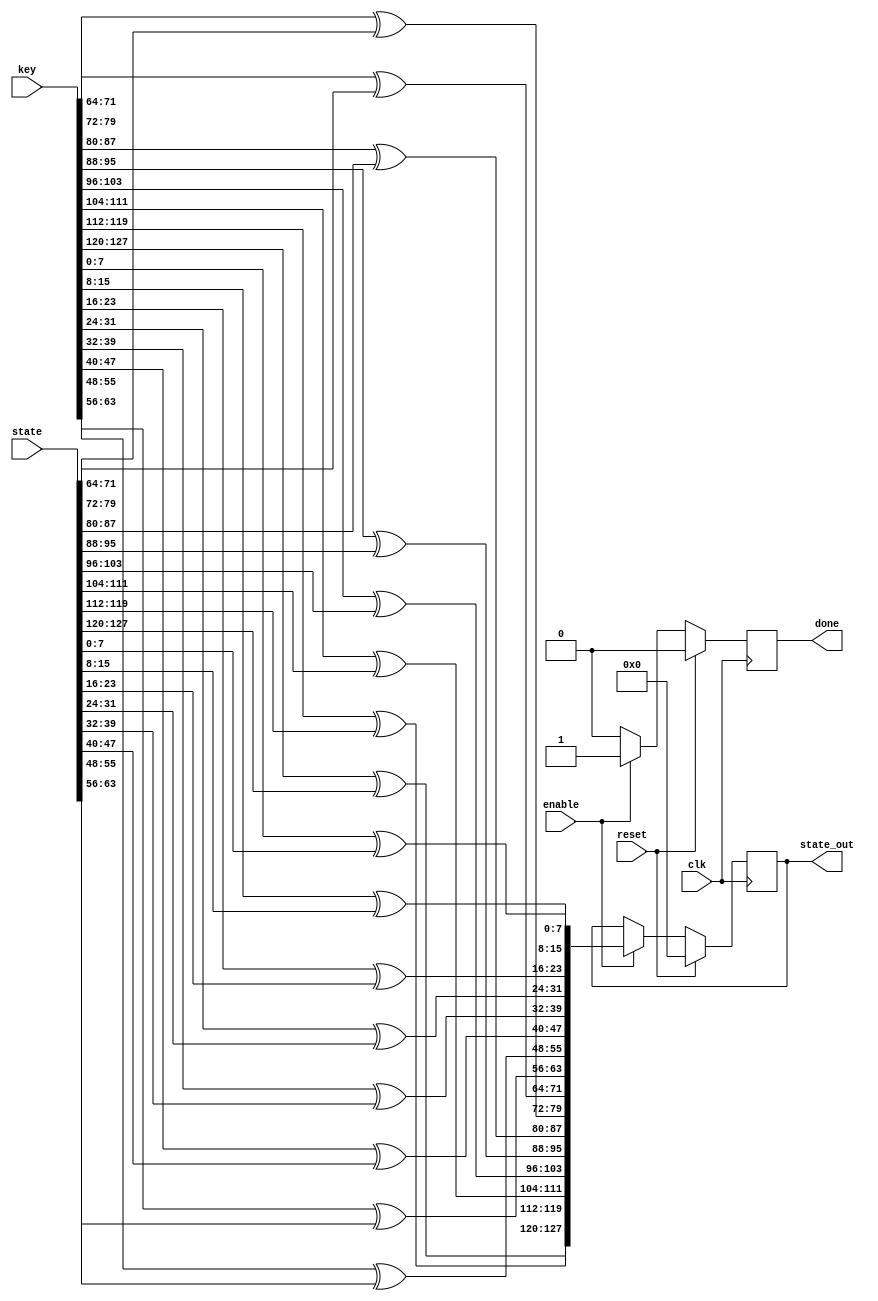
/*
*
* Formal verification : May 2020
*
* Description: AddRoundKey step in AES encryption/Decryption.
* Language: Verilog
*
*/

module addRoundKey(
	input wire [127:0] key ,
	input wire [127:0] state,
	input  clk,enable, reset,
	output reg  [127:0]state_out,
	output reg done);

//	integer i;

    // separating the combinational from the sequential 
    wire [127:0] state_out_comb; 
    genvar ii;
    for (ii=0 ;ii<=15; ii=ii+1)
        assign state_out_comb[ii*8 +: 8] = key[ii*8  +:  8] ^ state[ii*8  +:  8];

    initial state_out <= 0;
    initial done <= 0;

    always@(posedge clk)
    begin
        if (reset) begin
            state_out<=128'd0;
            done <= 0;
        end 
        else if (enable) begin 
            //	for ( i=0; i<=15; i=i+1)
            //		state_out[i*8  +:  8] <= key[i*8  +:  8] ^ state[i*8  +:  8];
            state_out <= state_out_comb;
            done <= 1;
        end 
        else done <= 0;
    end



`ifdef FORMAL

    reg f_past_valid; // to know if the $past value is valid to process
    initial f_past_valid = 0;

    initial assume(reset);


    always @(posedge clk)
        f_past_valid = 1;

    // sync reset
    // the design starts at reset state so if no f_past_valid it should be on reset
    // if the past cycle had reset then it should be in reset state
    always @(posedge clk)
        if(!f_past_valid || $past(reset))
        begin
            assert(state_out == 128'd0);
            assert(done == 1'b0);
        end


    // sync enable

    // if enable is valid 
    // assume stable input key == $past(key) and state == $past(state) 
    always @(posedge clk)
        if(enable || $past(enable))
            assume($stable(state));
    always @(posedge clk)
        if(enable || $past(enable))
            assume($stable(key));
        
    always @(posedge clk)
        if(done)
            assert(state_out == key^state);

`endif
endmodule